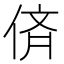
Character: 㑪